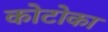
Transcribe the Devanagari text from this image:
कोटोका